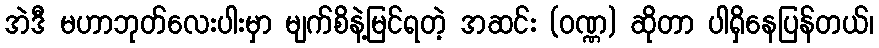
အဲဒီ မဟာဘုတ်လေးပါးမှာ မျက်စိနဲ့မြင်ရတဲ့ အဆင်း (ဝဏ္ဏ) ဆိုတာ ပါရှိနေပြန်တယ်၊